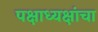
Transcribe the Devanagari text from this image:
पक्षाध्यक्षांचा